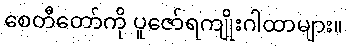
စေတီတော်ကို ပူဇော်ရကျိုးဂါထာများ။